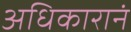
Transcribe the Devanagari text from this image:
अधिकारानं